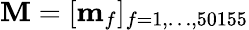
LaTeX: \mathbf{M}=[\mathbf{m}_{f}]_{f=1,\ldots,50155}